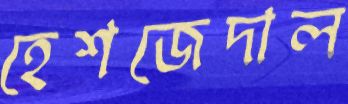
হেশজেদাল